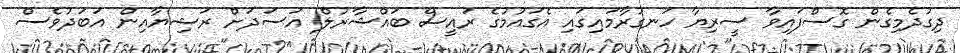
ދިގުދެމިގެން ގޮސްފައިވާ ސީރިޔާ ހަނގުރާމައިގައި އެގައުމުގެ ރައީސް ބައްޝާރުލް އަސަދަށް ރަޝިޔާއިން އަބަދުވެސް